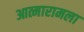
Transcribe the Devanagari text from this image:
आत्मारामला